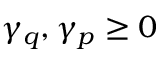
\gamma _ { q } , \gamma _ { p } \geq 0